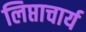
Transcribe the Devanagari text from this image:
लिप्ताचार्य